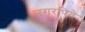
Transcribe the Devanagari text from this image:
नगरपिते